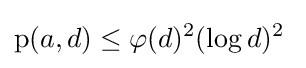
\operatorname {p} (a,d)\leq \varphi (d)^{2}(\log d)^{2}\;